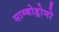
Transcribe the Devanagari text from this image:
साम्बोड्रोमो